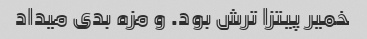
خمیر پیتزا ترش بود. و مزه بدی میداد